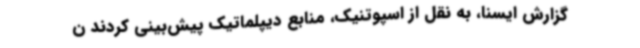
گزارش ایسنا، به نقل از اسپوتنیک، منابع دیپلماتیک پیش‌بینی کردند ن